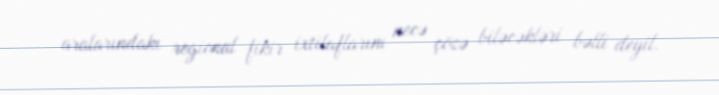
aralarındakı regional fikir ixtilaflarını necə çözə biləcəkləri bəlli deyil.